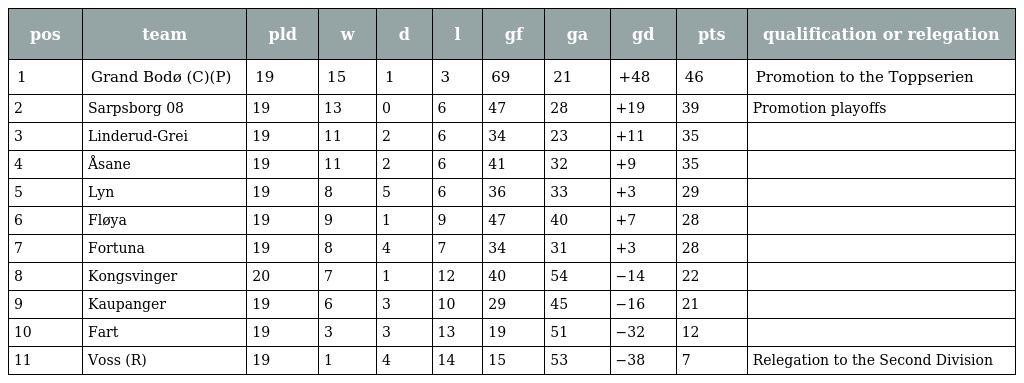
| pos | team | pld | w | d | l | gf | ga | gd | pts | qualification or relegation |
 | --- | --- | --- | --- | --- | --- | --- | --- | --- | --- | --- |
 | 1 | Grand Bodø (C)(P) | 19 | 15 | 1 | 3 | 69 | 21 | +48 | 46 | Promotion to the Toppserien |
 | 2 | Sarpsborg 08 | 19 | 13 | 0 | 6 | 47 | 28 | +19 | 39 | Promotion playoffs |
 | 3 | Linderud-Grei | 19 | 11 | 2 | 6 | 34 | 23 | +11 | 35 |  |
 | 4 | Åsane | 19 | 11 | 2 | 6 | 41 | 32 | +9 | 35 |  |
 | 5 | Lyn | 19 | 8 | 5 | 6 | 36 | 33 | +3 | 29 |  |
 | 6 | Fløya | 19 | 9 | 1 | 9 | 47 | 40 | +7 | 28 |  |
 | 7 | Fortuna | 19 | 8 | 4 | 7 | 34 | 31 | +3 | 28 |  |
 | 8 | Kongsvinger | 20 | 7 | 1 | 12 | 40 | 54 | −14 | 22 |  |
 | 9 | Kaupanger | 19 | 6 | 3 | 10 | 29 | 45 | −16 | 21 |  |
 | 10 | Fart | 19 | 3 | 3 | 13 | 19 | 51 | −32 | 12 |  |
 | 11 | Voss (R) | 19 | 1 | 4 | 14 | 15 | 53 | −38 | 7 | Relegation to the Second Division |